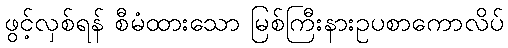
ဖွင့်လှစ်ရန် စီမံထားသော မြစ်ကြီးနားဥပစာကောလိပ်